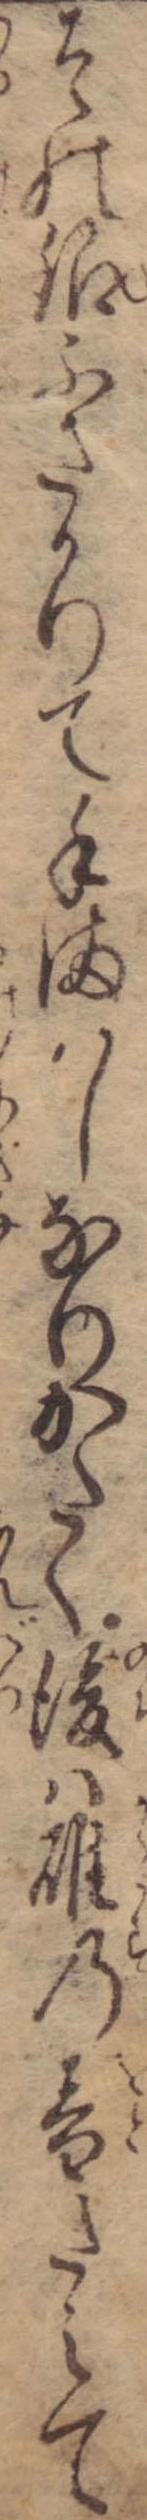
その銀ふさかりて手まはしなりかたく後は碓の音たえて